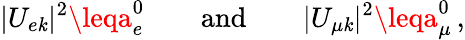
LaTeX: |U_{e\mathit{k}}|^{2}\leqa_{e}^{0}\qquad\mathrm{{and}}\qquad|U_{{\mu}\mathit{k}}|^{2}\leqa_{\mu}^{0}\, ,